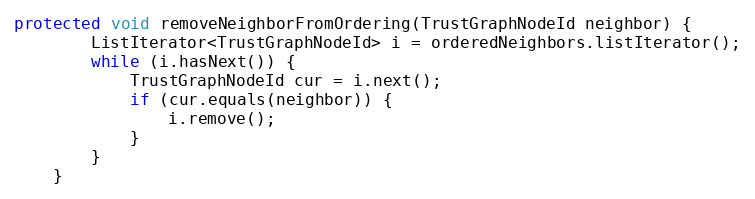
Language: Java
protected void removeNeighborFromOrdering(TrustGraphNodeId neighbor) {
        ListIterator<TrustGraphNodeId> i = orderedNeighbors.listIterator();
        while (i.hasNext()) {
            TrustGraphNodeId cur = i.next();
            if (cur.equals(neighbor)) {
                i.remove();
            }
        }
    }